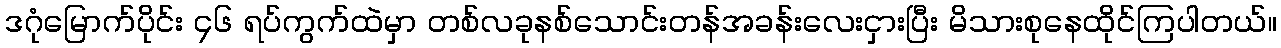
ဒဂုံမြောက်ပိုင်း ၄၆ ရပ်ကွက်ထဲမှာ တစ်လခုနစ်သောင်းတန်အခန်းလေးငှားပြီး မိသားစုနေထိုင်ကြပါတယ်။